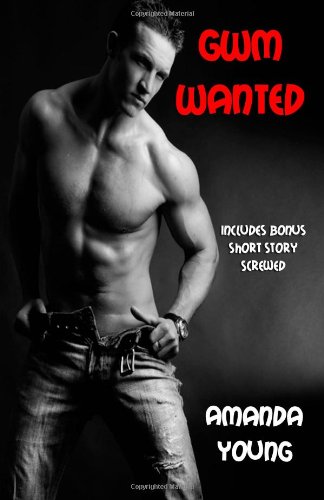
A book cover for GWM Wanted; Amanda Young; Gay & Lesbian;